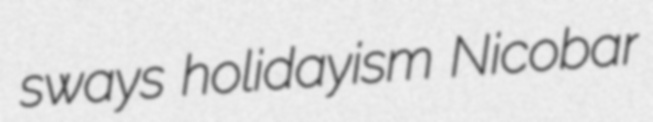
sways holidayism Nicobar